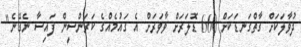
ދުވާލަކަށް ގާތްގަނޑަކަށް 660 ޑޮލަރަށް ވާވަރަށް އެ ގައުމެއްގެ ކަރަންސީން ފައިސާ ނެގޭނެ"